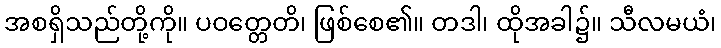
အစရှိသည်တို့ကို။ ပဝတ္တေတိ၊ ဖြစ်စေ၏။ တဒါ၊ ထိုအခါ၌။ သီလမယံ၊